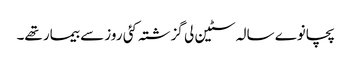
پچانوے سالہ سٹین لی گزشتہ کئی روز سے بیمار تھے۔